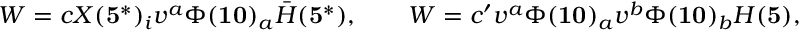
W = c X ( { \bf 5 ^ { * } } ) _ { i } v ^ { a } \Phi ( { \bf 1 0 } ) _ { a } \bar { H } ( { \bf 5 ^ { * } } ) , \qquad W = c ^ { \prime } v ^ { a } \Phi ( { \bf 1 0 } ) _ { a } v ^ { b } \Phi ( { \bf 1 0 } ) _ { b } H ( { \bf 5 } ) ,